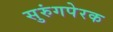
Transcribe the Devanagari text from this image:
सुरुंगपेरक